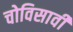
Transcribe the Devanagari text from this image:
चोविसावी